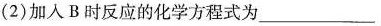
(2)加入B时反应的化学方程式为___